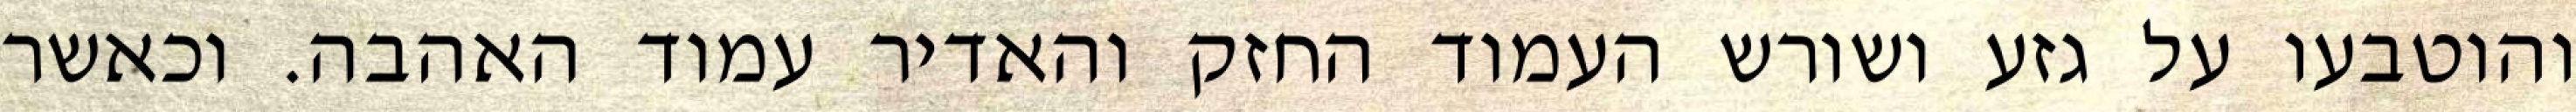
והוטבעו על גזע ושורש העמוד החזק והאדיר עמוד האהבה. וכאשר